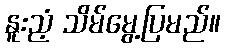
နူးညံ့ သိမ်မွေ့ပြမည်။